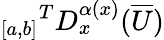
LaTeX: {_{[a,b]}}^{T}D_{x}^{\alpha(x)}(\overline{{U}})